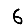
Digit: 6